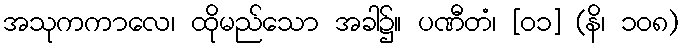
အသုကကာလေ၊ ထိုမည်သော အခါ၌။ ပဏီတံ၊ [၀၁] (နိ၊ ၁၀၈)